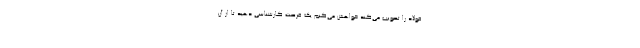
فولاد را تصویب می‌کند خواهش می‌کنم یک فرصت کارشناسی دهید تا از آن